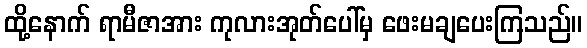
ထို့နောက် ရာမီဇာအား ကုလားအုတ်ပေါ်မှ ဖေးမချပေးကြသည်။